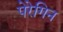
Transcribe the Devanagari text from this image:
पेरेगिन